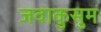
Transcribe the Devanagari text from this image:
जवाकुसुम